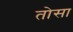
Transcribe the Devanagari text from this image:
तोसा